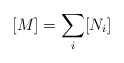
\begin{align*} [M] = \sum_i [N_i] \end{align*}